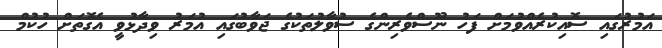
އަމުރުގައި ސޮއިކުރެއްވުމަށް ފަހު ނޫސްވެރިންގެ ސުވާލުތަކުގެ ޖަވާބުގައި އުމަރު ވިދާޅުވީ އެގޮތަށް ހުކުމް